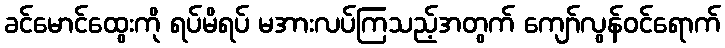
ခင်မောင်ထွေးကို ရပ်မိရပ် မအားလပ်ကြသည့်အတွက် ကျော်လွန်ဝင်ရောက်